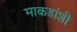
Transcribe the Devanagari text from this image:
माकडांशी